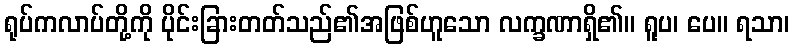
ရုပ်ကလာပ်တို့ကို ပိုင်းခြားတတ်သည်၏အဖြစ်ဟူသော လက္ခဏာရှိ၏။ ရူပ၊ ပေ။ ရသာ၊